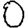
Digit: 0